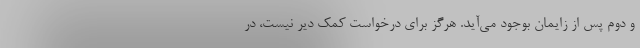
و دوم پس از زایمان بوجود می‌آید. هرگز برای درخواست کمک دیر نیست، در